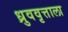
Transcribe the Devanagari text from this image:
ध्रुववृत्ताला